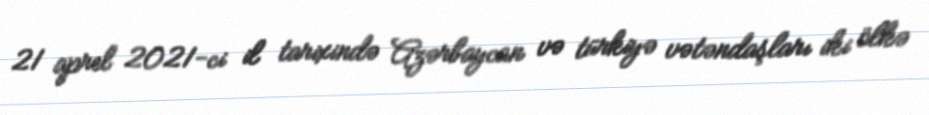
21 aprel 2021-ci il tarixində Azərbaycan və türkiyə vətəndaşları iki ölkə